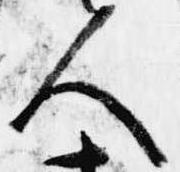
人